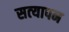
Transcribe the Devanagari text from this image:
सत्‍यापन